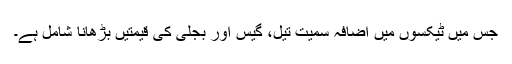
جس میں ٹیکسوں میں اضافہ سمیت تیل، گیس اور بجلی کی قیمتیں بڑھانا شامل ہے۔